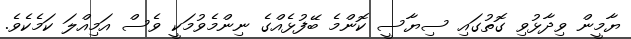
ޔާމީން ވިދާޅުވި ގޮތުގައި ސިޔާސީ ކޮންމެ ބޭފުޅެއްގެ ނިންމެވުމަކީ ވެސް އަމިއްލަ ކަމެކެވެ.